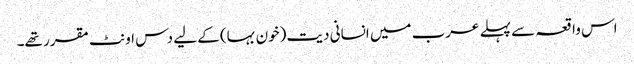
اس واقعہ سے پہلے عرب میں انسانی دیت (خون بہا) کے لیے دس اونٹ مقرر تھے۔